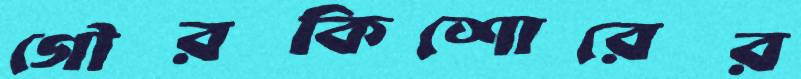
গৌরকিশোরের